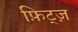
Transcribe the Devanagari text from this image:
फ़िट्ज़